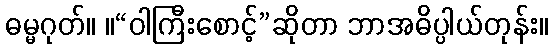
ဓမ္မဂုတ်။ ။“ဝါကြီးစောင့်”ဆိုတာ ဘာအဓိပ္ပါယ်တုန်း။